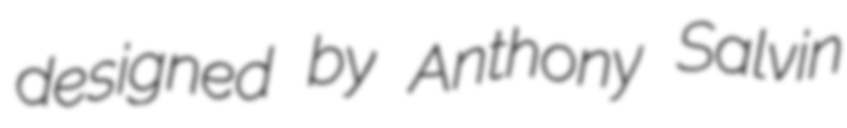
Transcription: designed by Anthony Salvin